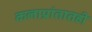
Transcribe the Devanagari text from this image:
कलाप्रांतातही